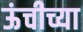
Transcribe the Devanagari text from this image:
ऊंचीच्या